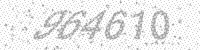
Solution: 964610